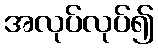
အလုပ်လုပ်၍